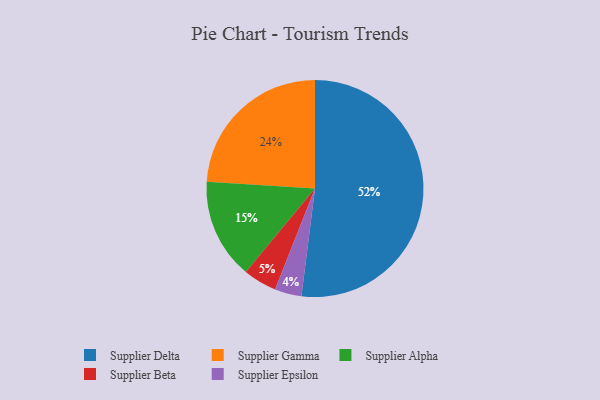
{"axis": {"x": "Category", "y": "Percentage"}, "legend": ["Supplier Alpha", "Supplier Beta", "Supplier Delta", "Supplier Epsilon", "Supplier Gamma"], "data": [{"x": "Supplier Alpha", "y": 15, "type": "Supplier Alpha"}, {"x": "Supplier Gamma", "y": 24, "type": "Supplier Gamma"}, {"x": "Supplier Beta", "y": 5, "type": "Supplier Beta"}, {"x": "Supplier Epsilon", "y": 4, "type": "Supplier Epsilon"}, {"x": "Supplier Delta", "y": 52, "type": "Supplier Delta"}]}